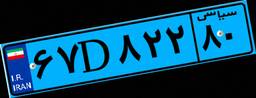
۶۰D۳۷۶۵۶